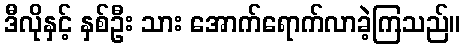
ဒီလိုနှင့် နှစ်ဦး သား အောက်ရောက်လာခဲ့ကြသည်။